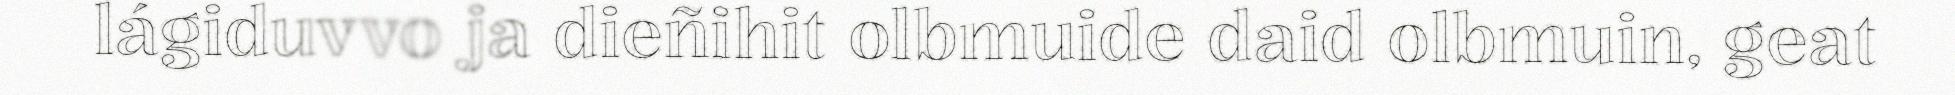
lágiduvvo ja dieñihit olbmuide daid olbmuin, geat